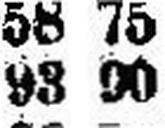
93 90